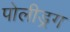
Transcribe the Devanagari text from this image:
पोलीड्रग